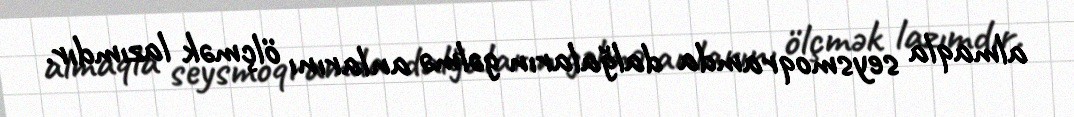
almaqla seysmoqramda dalğaların gəlmə anlarını ölçmək lazımdır.